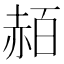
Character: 𧹡